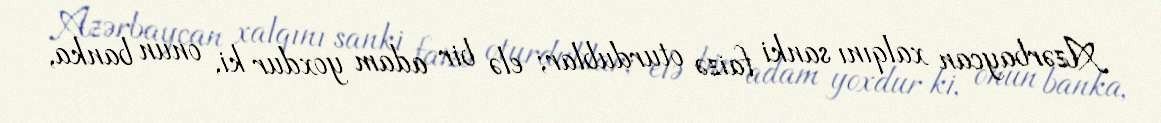
Azərbaycan xalqını sanki faizə oturdublar; elə bir adam yoxdur ki, onun banka,